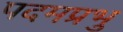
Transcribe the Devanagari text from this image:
पदमप्रभु